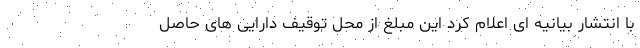
با انتشار بیانیه ای اعلام کرد این مبلغ از محل توقیف دارایی های حاصل